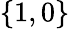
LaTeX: \{ 1,0\}